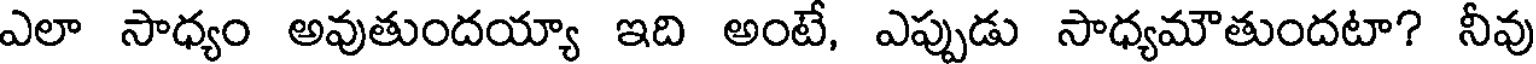
ఎలా సాధ్యం అవుతుందయ్యా ఇది అంటే, ఎప్పుడు సాధ్యమౌతుందటా? నీవు